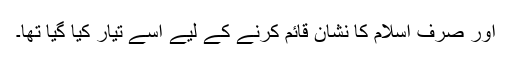
اور صرف اسلام کا نشان قائم کرنے کے لیے اسے تیار کیا گیا تھا۔